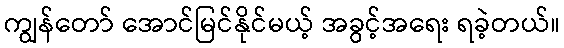
ကျွန်တော် အောင်မြင်နိုင်မယ့် အခွင့်အရေး ရခဲ့တယ်။